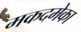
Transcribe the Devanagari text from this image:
मकदमेका